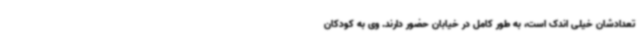
تعدادشان خیلی اندک است، به طور کامل در خیابان حضور دارند. وی به کودکان